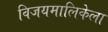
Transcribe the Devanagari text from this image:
विजयमालिकेला